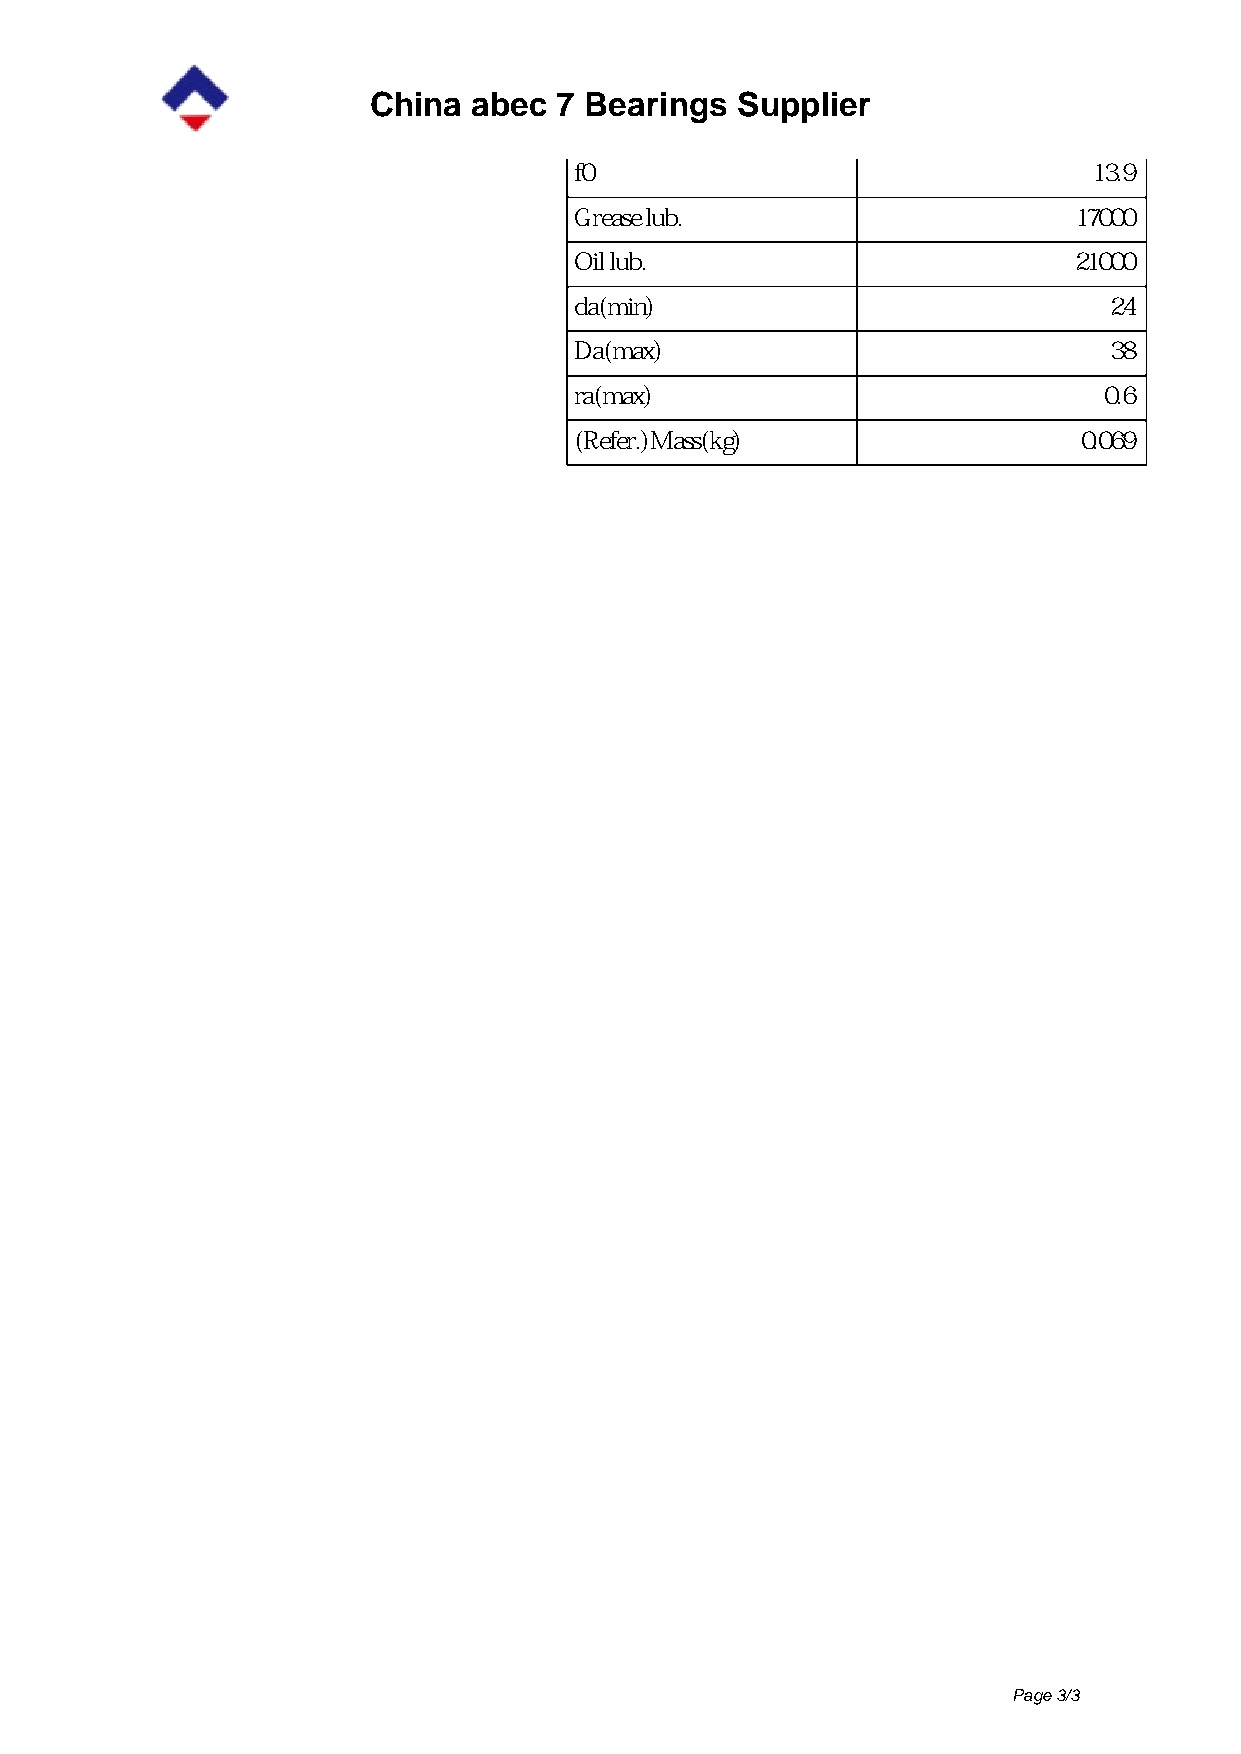
China  abec  7 Bearings  Supplier
 f0                                13.9
 Grease lub.                      17000
 Oil lub.                         21000
 da(min)                            24
 Da(max)                            38
 ra(max)                            0.6
 (Refer.)Mass(kg)                  0.069
 Page 3/3
 Powered by TCPDF (www.tcpdf.org)